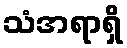
သံအရာရှိ